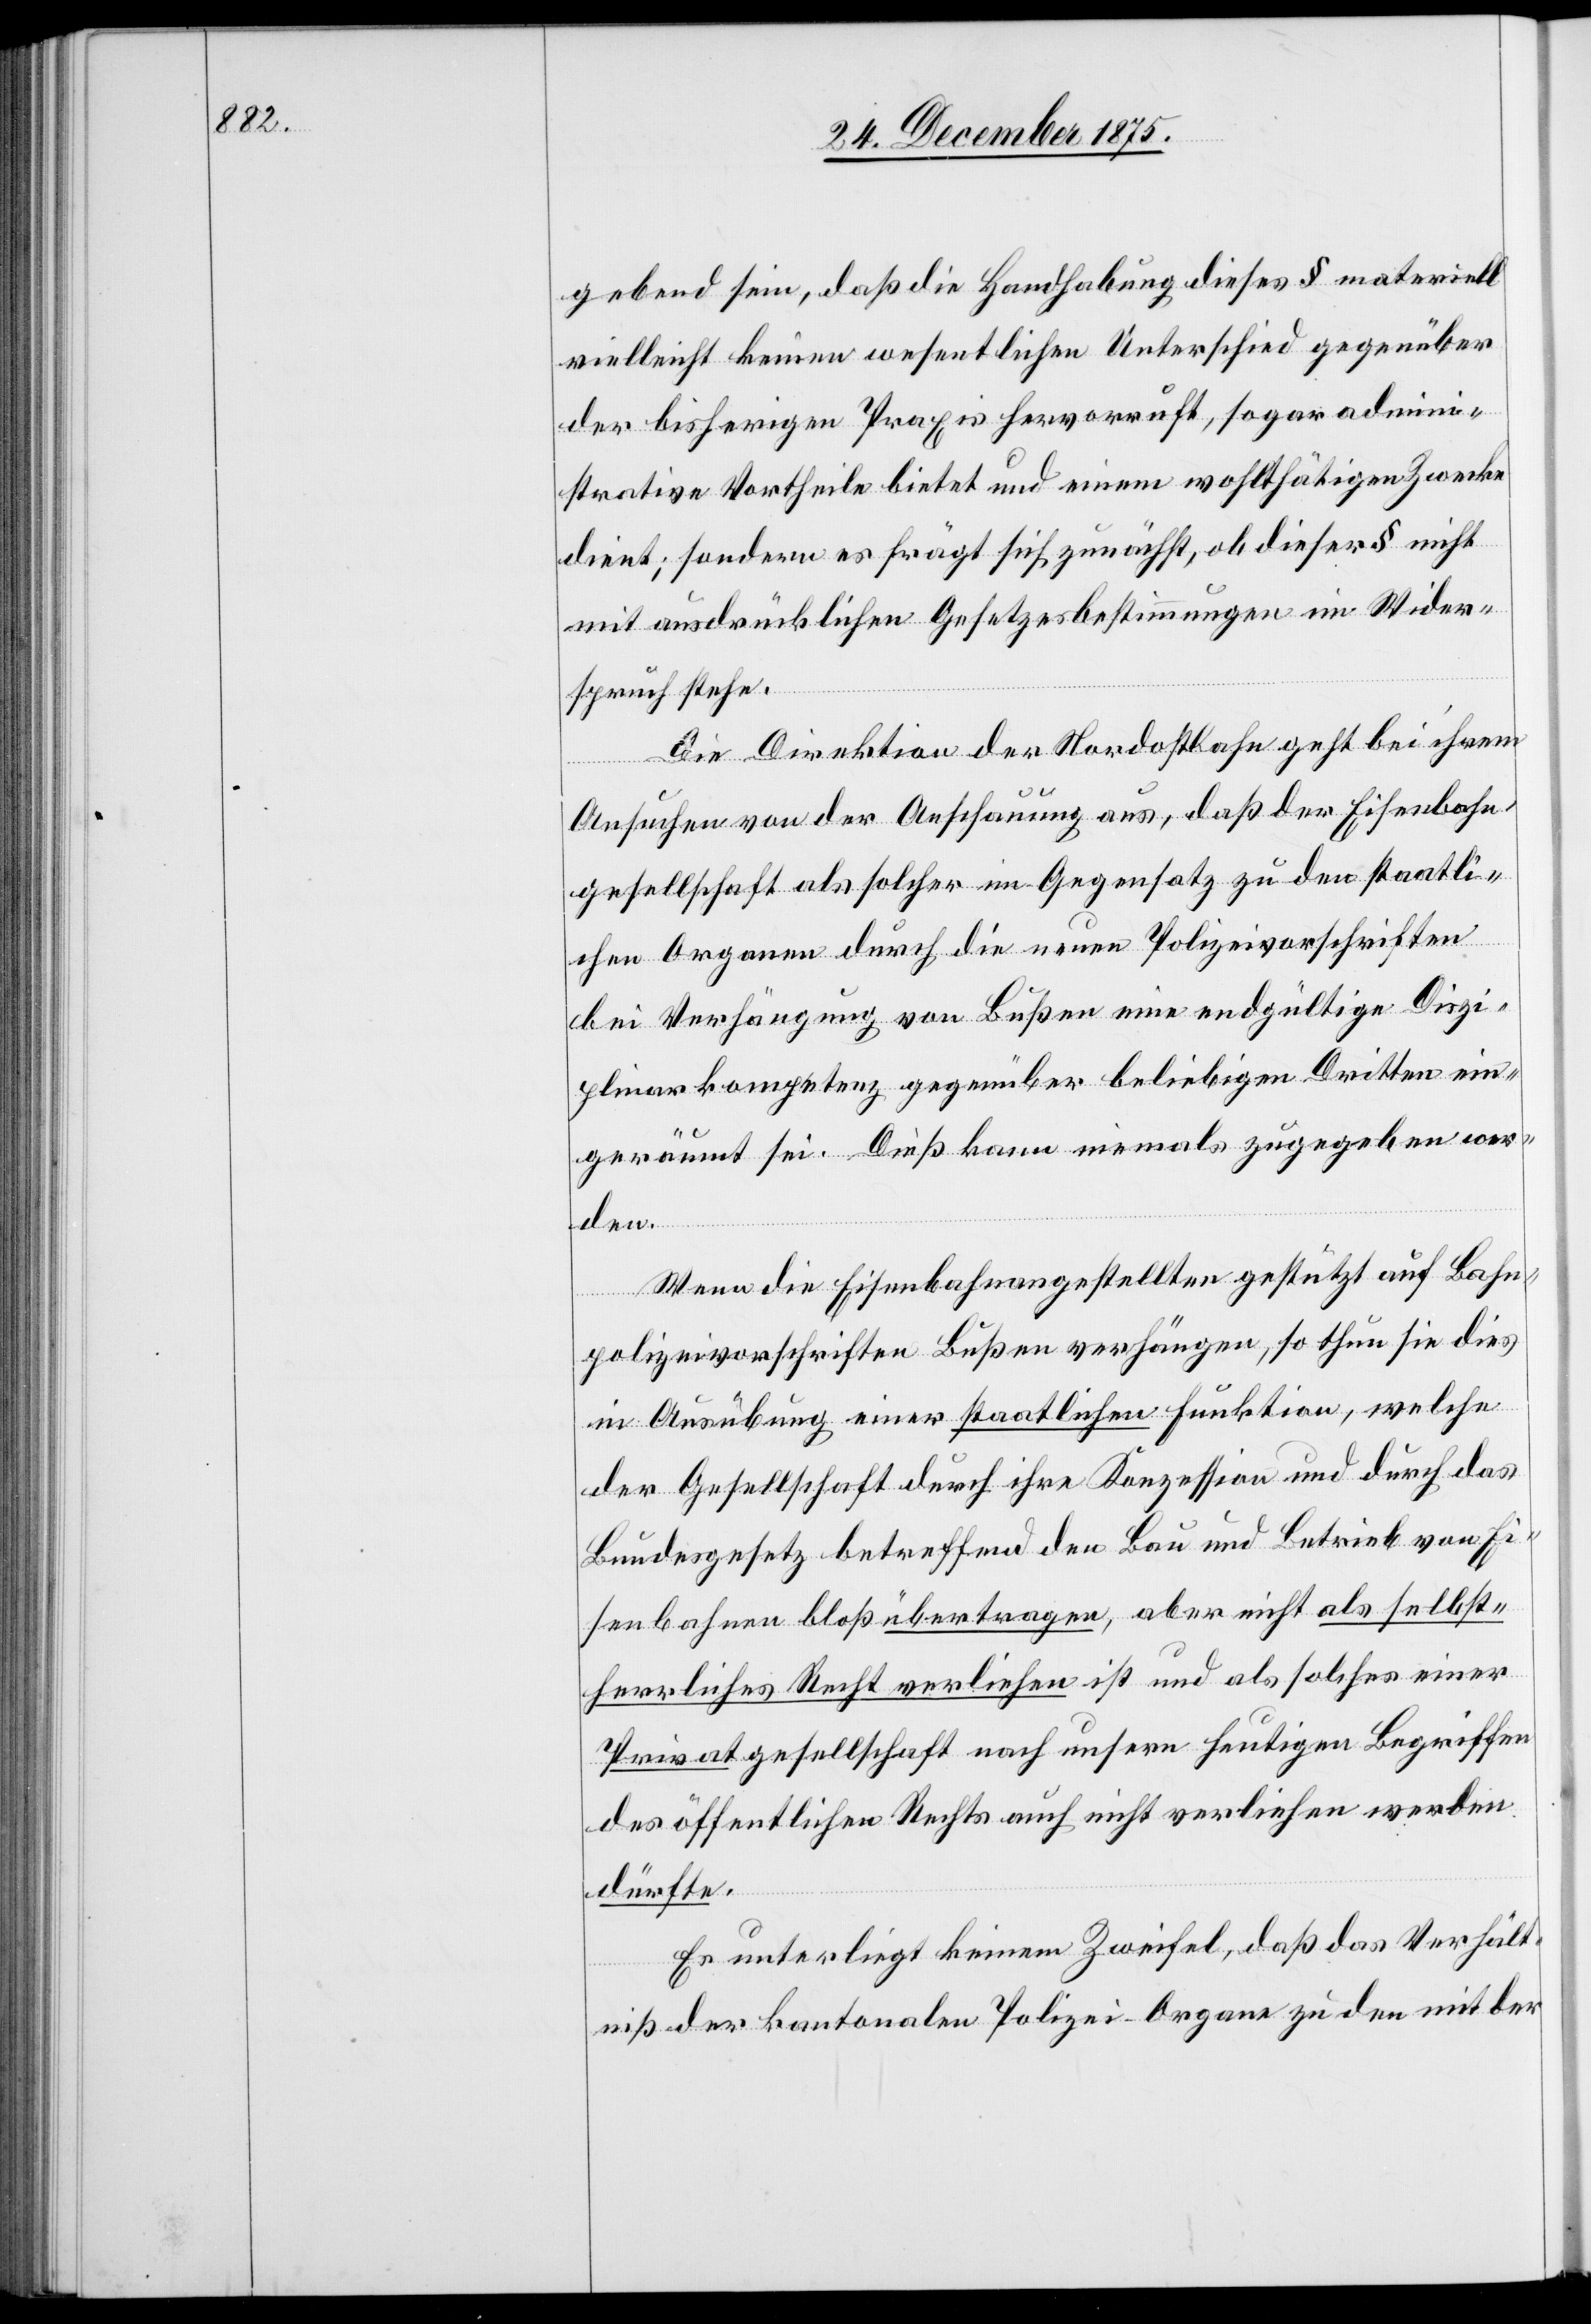
gebend sein, daß die Handhabung dieses § materiell
vielleicht keinen wesentlichen Unterschied gegenüber
der bisherigen Praxis hervorruft, sogar admini¬
strative Vortheile bietet und einem wohlthätigen Zwecke
dient; sondern es frägt sich zunächst, ob dieser § nicht
mit ausdrücklichen Gesetzesbestimmungen im Wider¬
spruch stehe.
Die Direktion der Nordostbahn geht bei ihrem
Ansuchen von der Anschauung aus, daß der Eisenbahn¬
gesellschaft als solcher im Gegensatz zu den staatli¬
chen Organen durch die neuen Polizeivorschriften
bei Verhängung von Bußen eine endgültige Diszi¬
plinarkompetenz gegenüber beliebigen Dritten ein¬
geräumt sei. Dieß kann niemals zugegeben wer¬
den.
Wenn die Eisenbahnangestellten gestützt auf Bahn¬
polizeivorschriften Bußen verhängen, so thun sie dies
in Ausübung einer staatlichen Funktion, welche
der Gesellschaft ihre Konzession und durch das
Bundesgesetz betreffend den Bau und Betrieb von Ei¬
senbahnen bloß übertragen, aber nicht als selbst¬
herrliches Recht verliehen ist und als solches einer
Privatgesellschaft nach unsern heutigen Begriffen
des öffentlichen Rechts auch nicht verliehen werden
dürfte.
Es unterliegt keinem Zweifel, daß das Verhält¬
niß der kantonalen Polizei-Organe zu den mit der